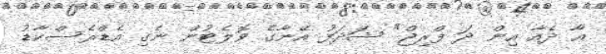
އާ ދެއާ އިން ދަ ފްރިޖް" ޝަދަފު އޭނާގެ ވޮލެޓުން ނެގި އެޑްރެސްކާޑު